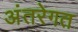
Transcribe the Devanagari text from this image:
अंतरेगत